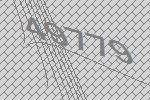
49779